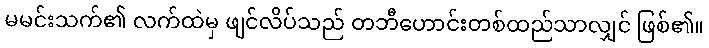
မမင်းသက်၏ လက်ထဲမှ ဖျင်လိပ်သည် တဘီဟောင်းတစ်ထည်သာလျှင် ဖြစ်၏။